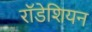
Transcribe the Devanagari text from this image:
राॅडेशियन